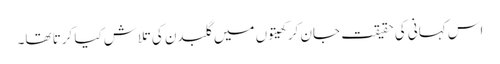
اس کہانی کی حقیقت جان کر کھیتوں میں گلبدن کی تلاش کیا کرتا تھا۔